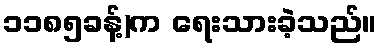
၁၁၈၅ခန့်)က ရေးသားခဲ့သည်။